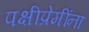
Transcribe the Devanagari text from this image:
पक्षीप्रेमींना